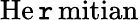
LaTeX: \operatorname{He\mathtt{r}mitian}